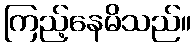
ကြည့်နေမိသည်။